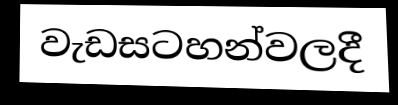
වැඩසටහන්වලදී